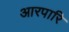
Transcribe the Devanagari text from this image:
आरपारि